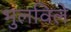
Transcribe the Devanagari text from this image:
भुलविले